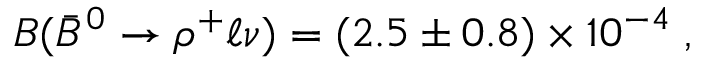
{ \cal B } ( \bar { B } ^ { 0 } \to \rho ^ { + } \ell \nu ) = ( 2 . 5 \pm 0 . 8 ) \times 1 0 ^ { - 4 } \; ,